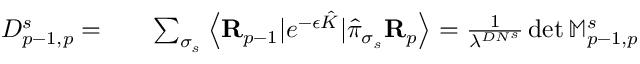
\begin{array} { r l r } { D _ { p - 1 , p } ^ { s } = } & { { } } & { \sum _ { \sigma _ { s } } \left\langle \mathbf R _ { p - 1 } | e ^ { - \epsilon \hat { K } } | \hat { \pi } _ { \sigma _ { s } } \mathbf R _ { p } \right\rangle = \frac { 1 } { \lambda ^ { D N ^ { s } } } \operatorname* { d e t } \mathbb M _ { p - 1 , p } ^ { s } } \end{array}